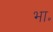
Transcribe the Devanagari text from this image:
भा॰